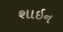
શાઇન